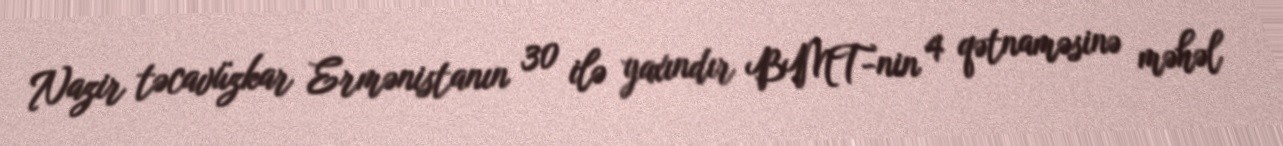
Nazir təcavüzkar Ermənistanın 30 ilə yaxındır BMT-nin 4 qətnaməsinə məhəl